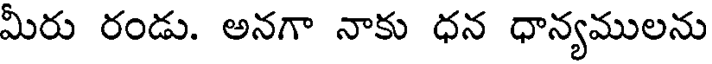
మీరు రండు. అనగా నాకు ధన ధాన్యములను